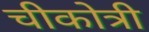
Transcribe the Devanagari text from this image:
चीकोत्री